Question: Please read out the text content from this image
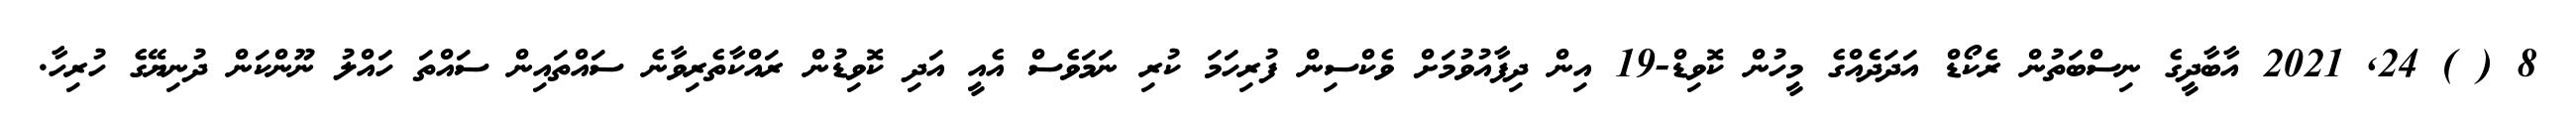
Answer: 8 ( ) 24, 2021 އާބާދީގެ ނިސްބަތުން ރެކޯޑް އަދަދެއްގެ މީހުން ކޮވިޑް-19 އިން ދިފާއުވުމަށް ވެކްސިން ފުރިހަމަ ކުރި ނަމަވެސް އެއީ އަދި ކޮވިޑުން ރައްކާތެރިވާނެ ސައްތައިން ސައްތަ ހައްލު ނޫންކަން ދުނިޔޭގެ ހުރިހާ.